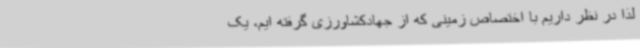
لذا در نظر داریم با اختصاص زمینی که از جهادکشاورزی گرفته ایم، یک